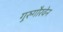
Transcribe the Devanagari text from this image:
गुरुगौरवेन